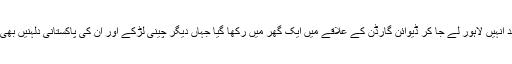
شادی کے بعد انہیں لاہور لے جا کر ڈیوائن گارڈن کے علاقے میں ایک گھر میں رکھا گیا جہاں دیگر چینی لڑکے اور اُن کی پاکستانی دلہنیں بھی موجود تھیں۔